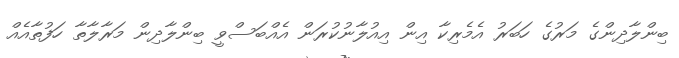
ބިންލާދިންގެ މަރުގެ ހަބަރު އެމެރިކާ އިން އިއުލާނުކުރަން އެއްބަސްވީ ބިންލާދިން މަރާލާތާ ހަފުތާއެއް